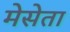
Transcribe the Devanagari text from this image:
मेसेता